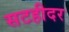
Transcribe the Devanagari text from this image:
सटहीदर